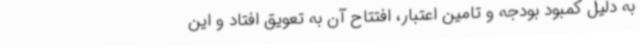
به دلیل کمبود بودجه و تامین اعتبار، افتتاح آن به تعویق افتاد و این